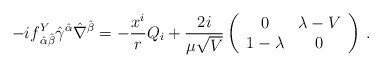
\begin{align*}-if^Y_{\,\hat\alpha\hat\beta}\hat\gamma^{\hat\alpha}\hat\nabla^{\hat\beta}=-\frac{x^i}{r} Q_{i}+\frac{2i}{\mu\sqrt{V}}\left(\begin{array}{cc}0&\lambda-V\\1-\lambda&0\end{array}\right)\,.\end{align*}